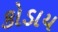
કોડાય